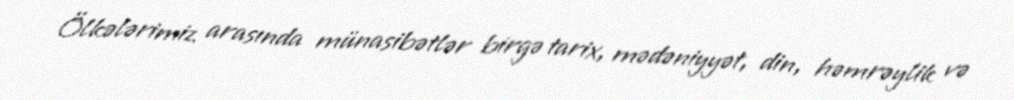
Ölkələrimiz arasında münasibətlər birgə tarix, mədəniyyət, din, həmrəylik və